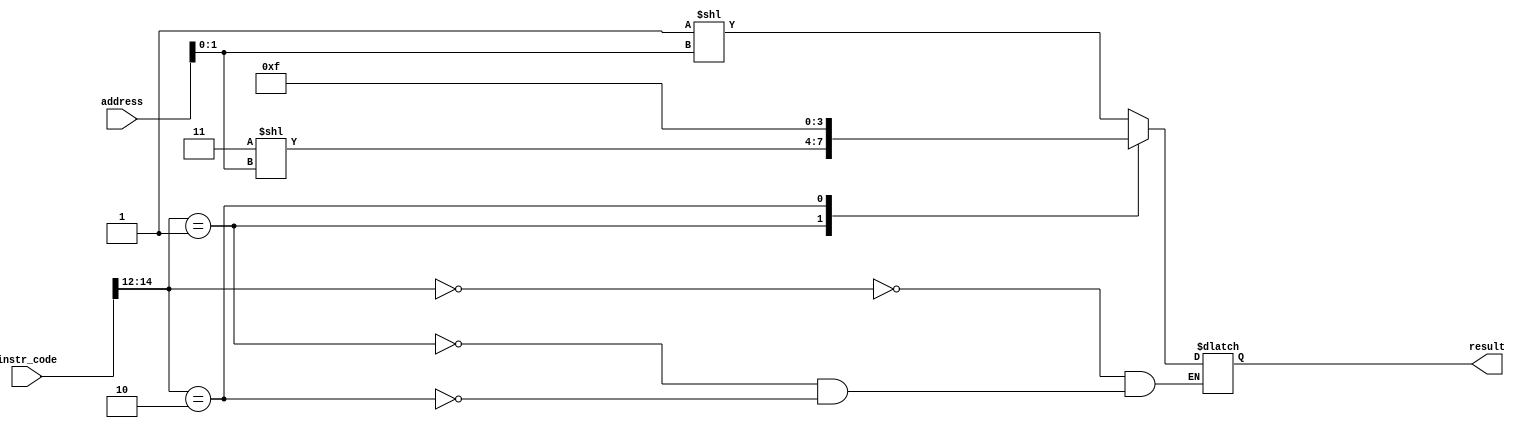
module S_type_ALU( address , instr_code , result);
    input [31:0] address;
    input [31:0] instr_code;
    output [3:0]result;
    reg [3:0]result;
    
always @(instr_code or address) 
begin 
    case( instr_code[14:12]) 
        3'b000: result = (4'b0001) << address[1:0];
        3'b001: result = (4'b0011) << address[1:0];
        3'b010: result = 4'b1111;
    endcase
end
endmodule